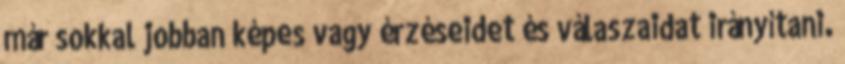
már sokkal jobban képes vagy érzéseidet és válaszaidat irányítani.